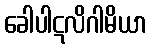
ခေါပါဋလိဂါမိယာ